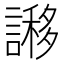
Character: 謻